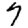
Digit: 7